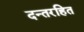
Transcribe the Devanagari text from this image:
दन्तरहित